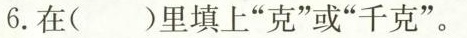
6.在()里填上”克”或”千克”。